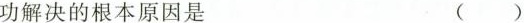
成功解决的根本原因是 ()